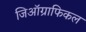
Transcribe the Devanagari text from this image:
जिऑग्राफिकल